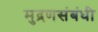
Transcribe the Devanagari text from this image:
मुद्रणसंबंधी